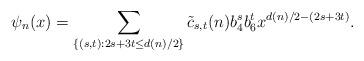
LaTeX: \begin{align*}\psi_{n}(x)=\sum_{\{(s,t):2s+3t\leq d(n)/2\}}\tilde{c}_{s,t}(n)b_{4}^{s}b_{6}^{t}x^{d(n)/2-(2s+3t)}.\end{align*}